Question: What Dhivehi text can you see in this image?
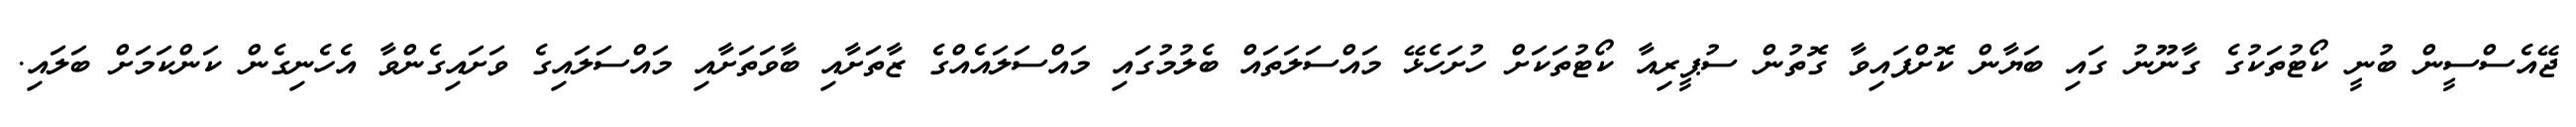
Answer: ޖޭއެސްސީން ބުނީ ކޯޓުތަކުގެ ގާނޫނު ގައި ބަޔާން ކޮށްފައިވާ ގޮތުން ސުޕީރިއާ ކޯޓުތަކަށް ހުށަހެޅޭ މައްސަލަތައް ބެލުމުގައި މައްސަލައެއްގެ ޒާތަށާއި ބާވަތަށާއި މައްސަލައިގެ ވަށައިގެންވާ އެހެނިގެން ކަންކަމަށް ބަލައި.